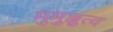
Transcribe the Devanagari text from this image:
मुमुक्षुत्व